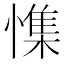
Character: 𰒎